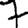
Digit: 7